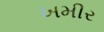
ખમીર